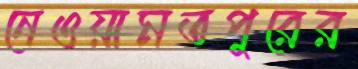
নেওয়ামতপুরের